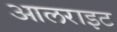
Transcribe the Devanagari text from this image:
आलराइट